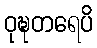
ဝုဍ္ဎတရေပိ